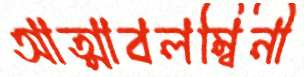
আত্মাবলম্বিনী